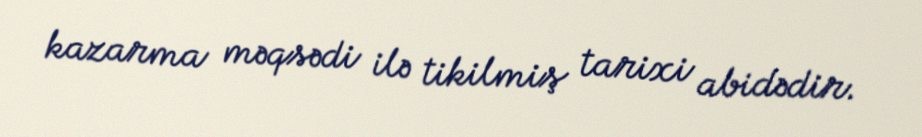
kazarma məqsədi ilə tikilmiş tarixi abidədir.